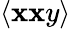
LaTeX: \langle\mathbf{x}\mathbf{x}y\rangle